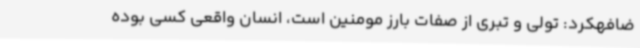
ضافهکرد: تولی و تبری از صفات بارز مومنین است، انسان واقعی کسی بوده